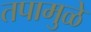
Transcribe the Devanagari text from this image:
तपामुळे